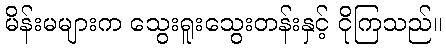
မိန်းမများက သွေးရူးသွေးတန်းနှင့် ငိုကြသည်။